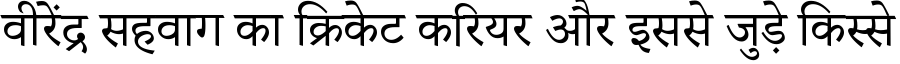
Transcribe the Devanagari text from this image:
वीरेंद्र सहवाग का क्रिकेट करियर और इससे जुड़े किस्से